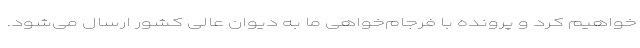
خواهیم کرد و پرونده با فرجام‌خواهی ما به دیوان عالی کشور ارسال می‌شود.